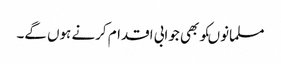
مسلمانوںکوبھی جوابی اقدام کرنے ہوں گے۔